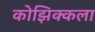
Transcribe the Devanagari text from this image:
कोझिक्कला